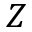
Z